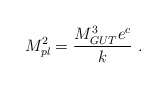
\begin{align*}M_{pl}^2 = {{M_{GUT}^3 e^{c} }\over\displaystyle k} ~.~\,\end{align*}